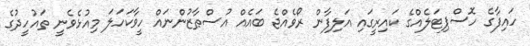
ހައިފާގެ ހޮސްޕިޓަލެއްގެ ކައިރީގައި އަލިފާން ރޯވެއްޖެ ބައެއް އުސްޠާޒުންނައް ހީވާކަހަލަ މިއުޅެވެނީ ތައުހީދުގެ